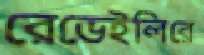
রেভেইলিরে